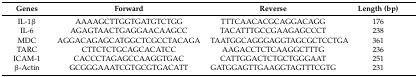
<table><thead><tr><td><b>Genes</b></td><td><b>Forward</b></td><td><b>Reverse</b></td><td><b>Length (bp)</b></td></tr></thead><tbody><tr><td>IL-1β</td><td>AAAAGCTTGGTGATGTCTGG</td><td>TTTCAACACGCAGGACAGG</td><td>176</td></tr><tr><td>IL-6</td><td>AGAGTAACTGAGGAACAAGCC</td><td>TACATTTGCCGAAGAGCCCT</td><td>238</td></tr><tr><td>MDC</td><td>AGGACAGAGCATGGCTCGCCTACAGA</td><td>TAATGGCAGGGAGGTAGCGCTCCTGA</td><td>361</td></tr><tr><td>TARC</td><td>CTTCTCTGCAGCACATCC</td><td>AAGACCTCTCAAGGCTTTG</td><td>236</td></tr><tr><td>ICAM-1</td><td>CACCCTAGAGCCAAGGTGAC</td><td>CATTGGACTCTGCTGGGAAT</td><td>251</td></tr><tr><td>β-Actin</td><td>GCGGGAAATCGTGCGTGACATT</td><td>GATGGAGTTGAAGGTAGTTTCGTG</td><td>231</td></tr></tbody></table>